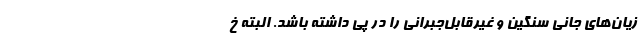
زیان‌های جانی سنگین و غیرقابل‌جبرانی را در پی داشته باشد. البته خ